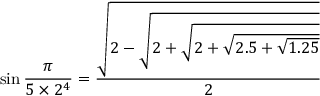
\sin { \frac { \pi } { 5 \times 2 ^ { 4 } } } = { \frac { \sqrt { 2 - { \sqrt { 2 + { \sqrt { 2 + { \sqrt { 2 . 5 + { \sqrt { 1 . 2 5 } } } } } } } } } } { 2 } }